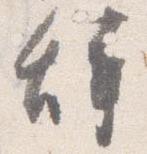
辞